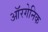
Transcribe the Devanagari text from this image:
ऑरगेनिक